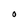
Character: O